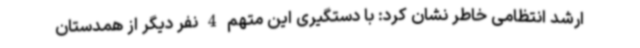
ارشد انتظامی خاطر نشان کرد: با دستگیری این متهم 4 نفر دیگر از همدستان